Vaccination in the Punjab 1867-1880 - 1867-1880
Year: 1867
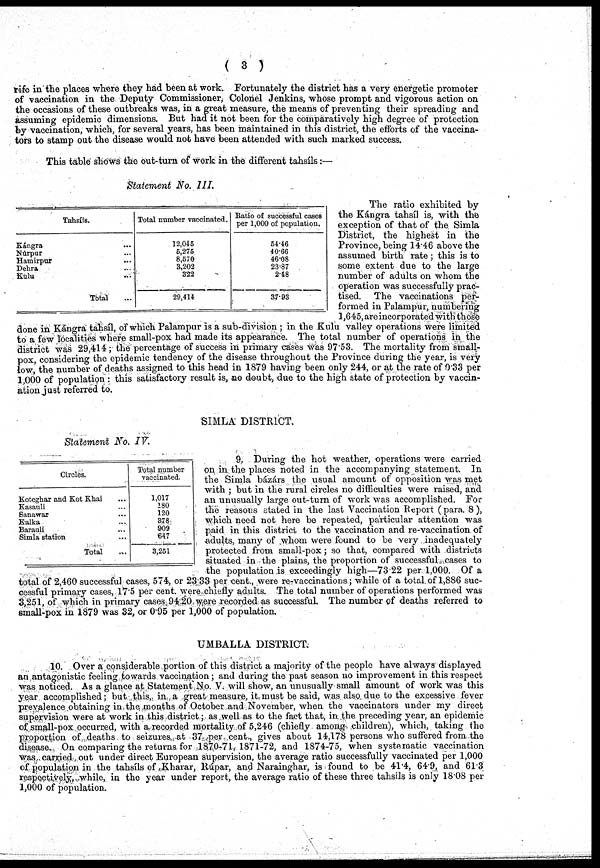
( 3 )
rife in the places where they had been at work. Fortunately the district has a very energetic promoter
of vaccination in the Deputy Commissioner, Colonel Jenkins, whose prompt and vigorous action on
the occasions of these outbreaks was, in a great measure, the means of preventing their spreading and
assuming epidemic dimensions. But had it not been for the comparatively high degree of protection
by vaccination, which, for several years, has been maintained in this district, the efforts of the vaccina¬-
tors to stamp out the disease would not have been attended with such marked success.
This table shows the out-turn of work in the different tahsíls :—
Statement No. III.
Tahsíls.
Kángra ...
Núrpur ...
Hamirpur ...
Dehra ...
Kulu ...
Total ...
Total number vaccinated.
12,045
5,275
8,570
3,202
322
29,414
Ratio of successful cases
per 1,000 of population.
54.46
40.66
46.08
23.87
2.48
37.93
The ratio exhibited by
the Kángra tahsíl is, with the
exception of that of the Simla
District, the highest in the
Province, being 14.46 above the
assumed birth rate; this is to
some extent due to the large
number of adults on whom the
operation was successfully prac-
tised. The vaccinations per-
formed in Palampur, numbering
1,645,areincorporatedwith those
done in Kángra tahsíl, of which Palampur is a sub-division ; in the Kulu valley operations were limited
to a few localities where small-pox had made its appearance. The total number of operations in the
district was 29,414 ; the percentage of success in primary cases was 97.53. The mortality from small-
pox, considering the epidemic tendency of the disease throughout the Province during the year, is very
low, the number of deaths assigned to this head in 1879 having been only 244, or at the rate of 0.33 per
1,000 of population : this satisfactory result is, no doubt, due to the high state of protection by vaccin-
ation just referred to.
SIMLA DISTRICT.
Statement No. IV
Circles.
Koteghar and Kot Khai ...
Kasauli ...
Sanawar ...
Kalka ...
Barauli ...
Simla station ...
Total ...
Total number
vaccinated.
1,017
180
120
378
909
647
3,251
9. During the hot weather, operations were carried
on in the places noted in the accompanying statement. In
the Simla bázárs the usual amount of opposition was me
with ; but in the rural circles no difficulties were raised, and
an unusually large out-turn of work was accomplished. For
the reasons stated in the last Vaccination Report (para. 8)
which need not here be repeated, particular attention was
paid in this district to the vaccination and re-vaccination of
adults, many of whom were found to be very inadequately
protected from small-pox ; so that, compared with districts
situated in the plains, the proportion of successful cases to
the population is exceedingly high—73.22 per 1,000. Of a
total of 2,460 successful cases, 574 or 23.33 per cent., were re-vaccinations; while of a total of 1,886 suc-
cessful primary cases, 17.5 per cent. were chiefly adults. The total number of operations performed was
3,251, of which in primary cases 94.20 were recorded as successful. The number of deaths referred to
small-pox in 1879 was 32, or 0.95 per 1x,000 of population.
UMBALLA DISTRICT.
10. Over a considerable portion of this district a majority of the people have always displayed
an antagonistic feeling towards vaccination; and during the past season no improvement in this respect
was noticed. As a glance at Statement No. V. will show, an unusually small amount of work was this
year accomplished; but this, in. a great measure, it must be said, was also due to the excessive fever
prevalence obtaining in the months of October and November, when the vaccinators under my direct
supervision were at work in this district; as well as to the fact that, in the preceding year, an epidemic
of small-pox occurred, with a recorded mortality of 5,246 (chiefly among children), which, taking the
proportion of deaths to seizures at 37 per cent., gives about 14,178 persons who suffered from the
disease. On comparing the returns for 1870-71,1871-72, and 1874-75, when systematic vaccination
was carried,out under direct European supervision, the average ratio successfully vaccinated per 1,000
of population in the tahsíls of Kharar, Rúpar, and Narainghar, is found to be 41.4, 64.9, and 61.3
respectively while, in the year under report, the average ratio of these three tahsíls is only 18.08 per
1,000 of population.